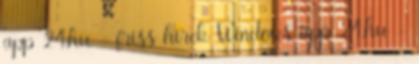
app 24.hu - friss hírek Windows app 24.hu -